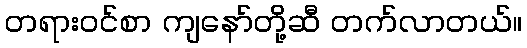
တရားဝင်စာ ကျနော်တို့ဆီ တက်လာတယ်။